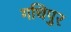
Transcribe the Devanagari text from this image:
गधिपुर